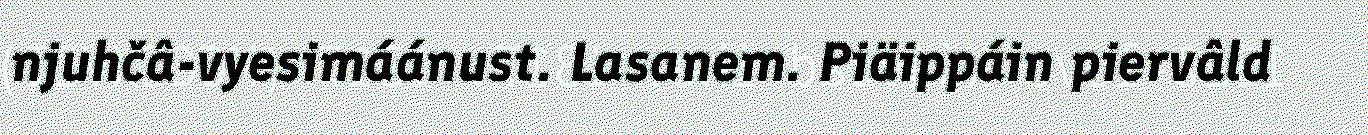
njuhčâ-vyesimáánust. Lasanem. Piäippáin piervâld